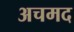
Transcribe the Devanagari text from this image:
अचमद